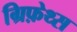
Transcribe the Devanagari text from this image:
ग्रिफ़ेथ्स